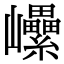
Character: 𡿔